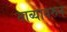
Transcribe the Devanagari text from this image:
ताब्यावरुन